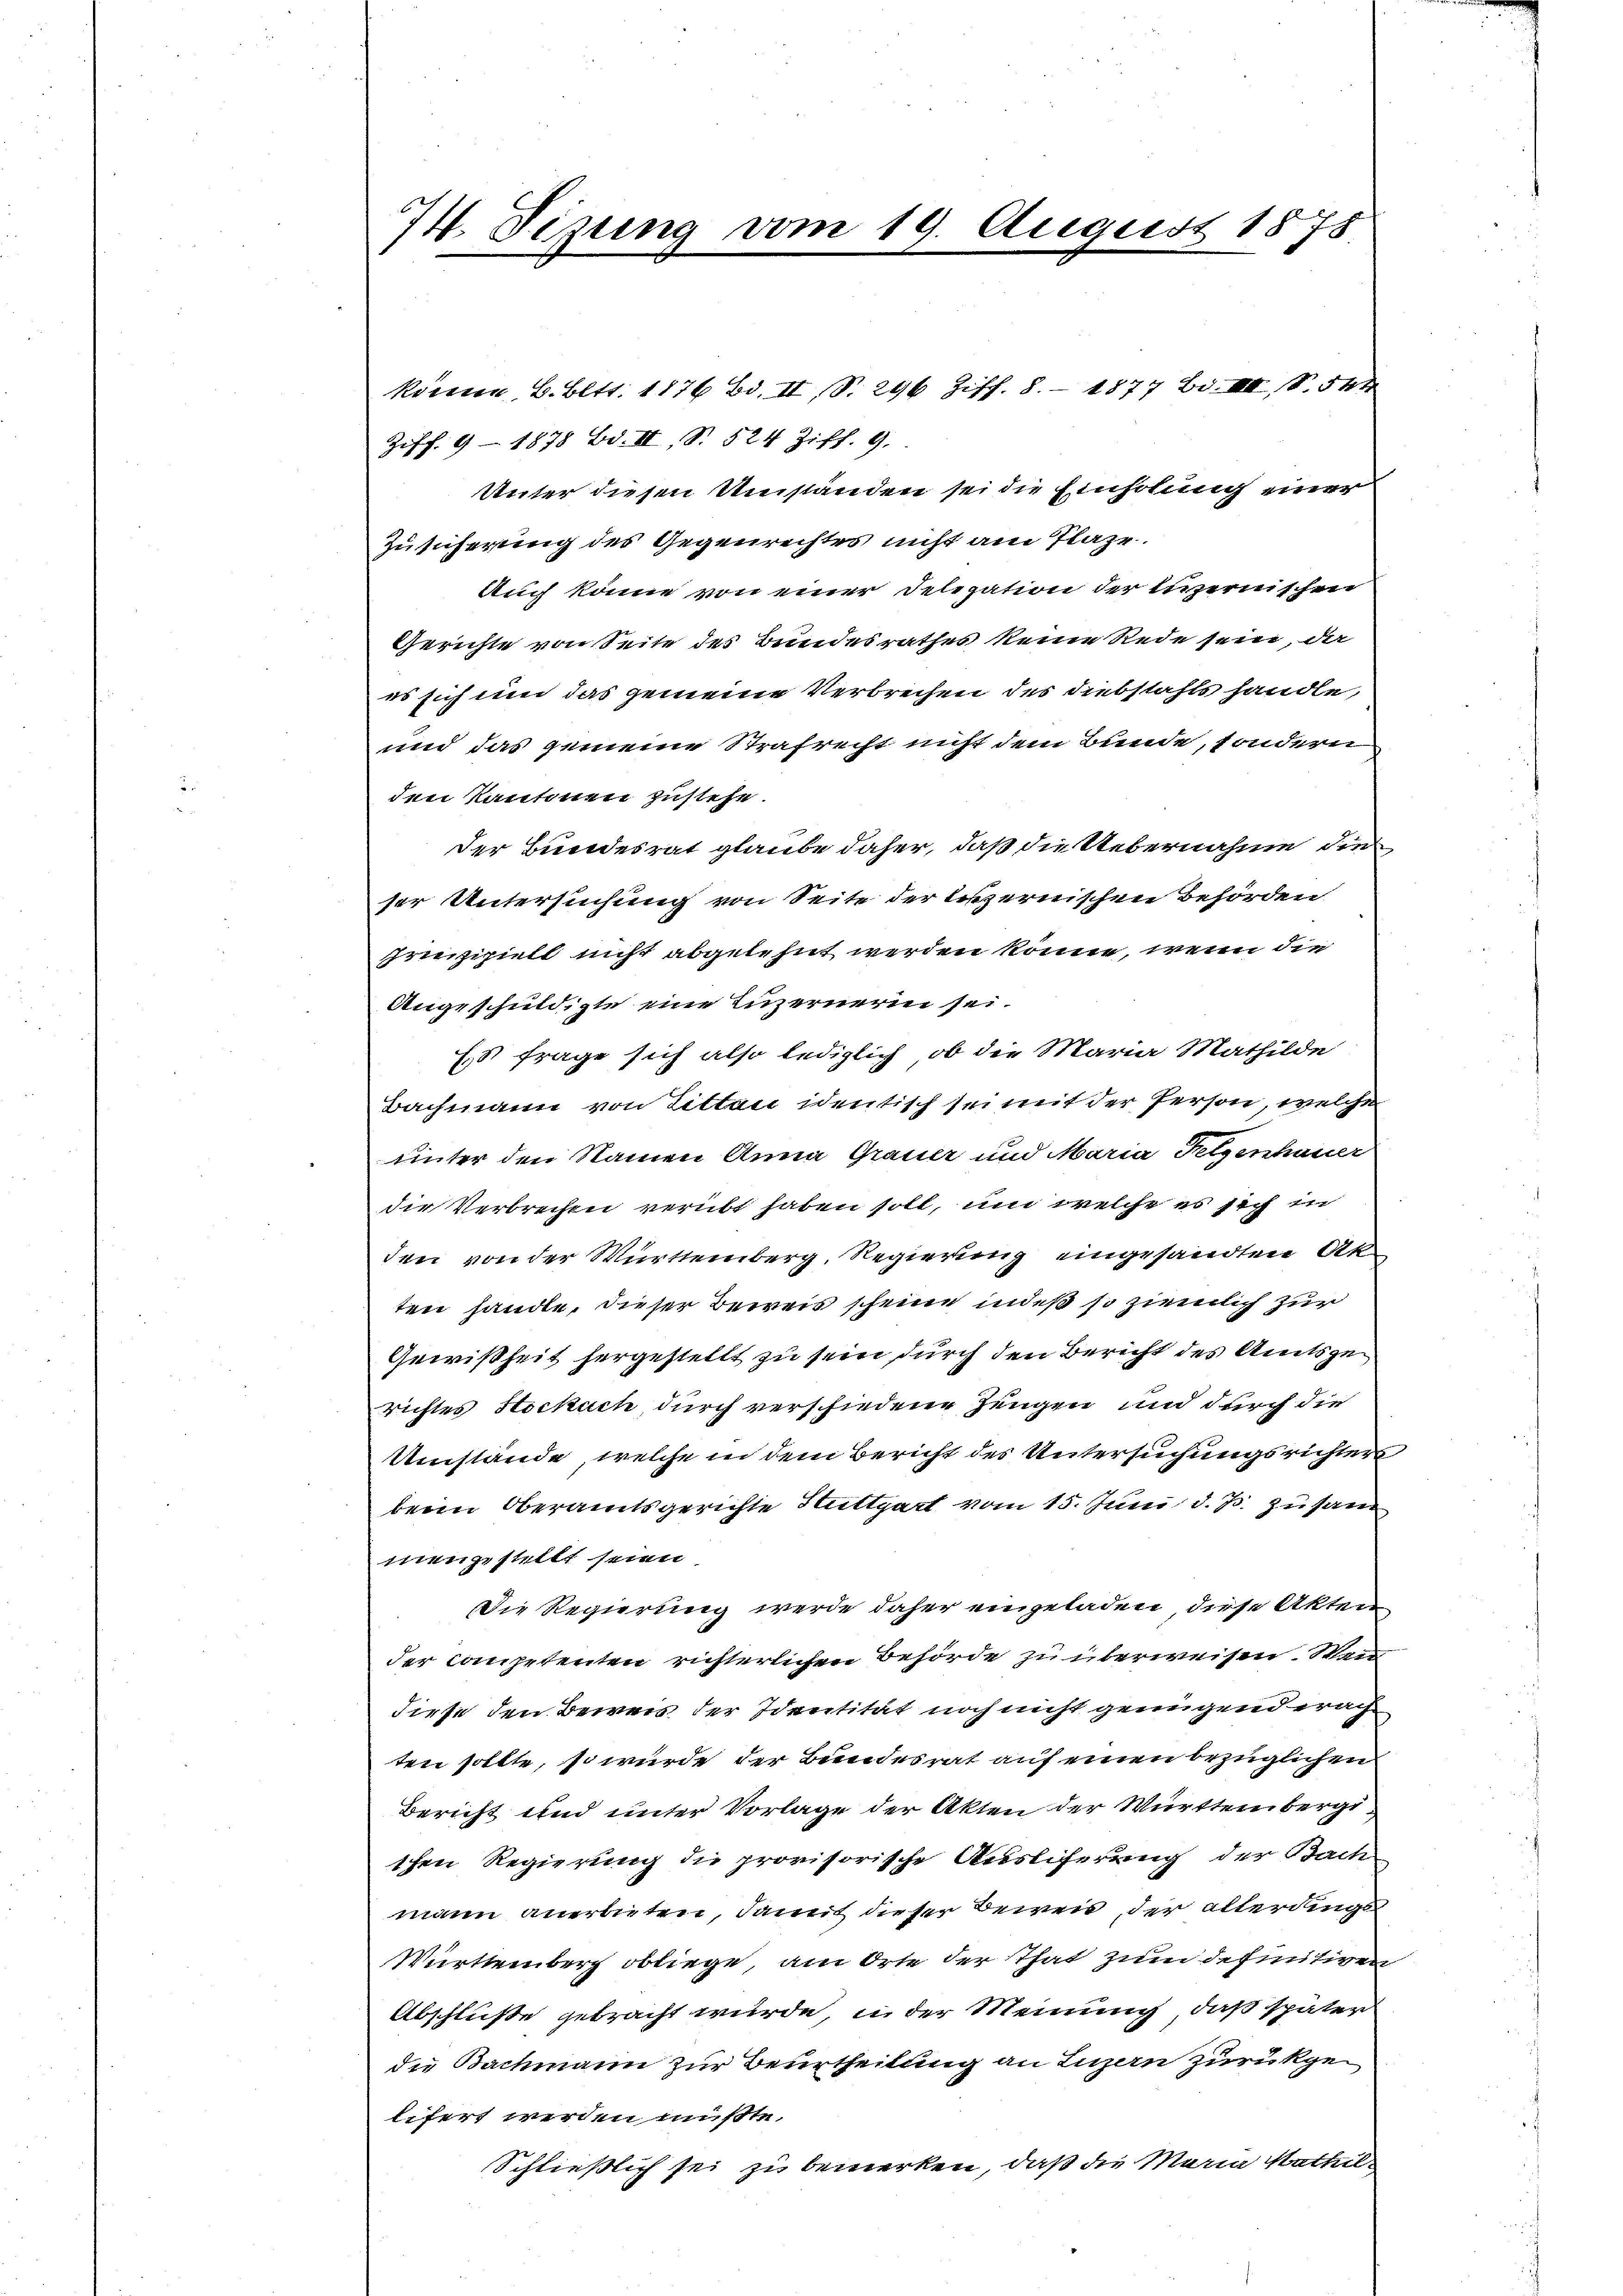
¼. Tigung vom 19. August 1875

koennen, 6. Bett. 1876 Bd. II S. 296 Ziff. 8. 1877 Bd. VIII, S. 544
Ziff. 9 - 1878 Bd. II, S. 524 Ziff. 9.
Unter diesen Umständen sei die Einholung einer
Zusicherung des Gegenrechtes nicht am Plaze.
Auch könne von einer Delegation der vernischen
Gerichte von Seite des Bundesrathes keine Rede sein, die
es sich um das gemeine Verbrechen des Diebstahls handle,
und das gemeine Strafrecht nicht dem Bunde, sondern
den Kantonen zustehe.
Der Bundesrat glaube daher, daß die Uebernahme die
ser Untersuchung von Seite der leszernischen Behörden
prezipiell nicht abgelehnt werden könne, wenn die
Angeschuldigte eine Luzerneren sei.
E. Frage sich also lediglich, ob die Maria Mathilde
Bachmann von Litten identisch sei mit der Person, welche
unter den Namen Anna Grauer und Maria Fetzenhauer
die Verbrechen verübt haben soll, um welche es sich in
den von der Württemberg, Regierung eingesandten Akten handle, dieser Beweis scheine, indeß so ziemlich zur
Gewißheit hergestellt zu sein durch den Bericht des Amtsgerichtes Stockach, durch verschiedene Zeugen und durch die
Umstände, welche in dem Bericht des Untersuchungsrichters
beim Oberamtsgerichte Sittgart vom 15. Juni d. Js. zusam
mengestellt seien
Die Regierung werde daher eingeladen, diese Akten
der Competenten richterlichen Behörde zu überweisen. Wan
diese den Beweis der Identität noch nicht genügend erach
ten sollte, so würde der Bundesrat auf einen bezüglichen
Bericht und unter Vorlage der Akten der Württembergi
tchen Regierung die provisorische Ausliferung der Bach
mann anerbieten, damit dieser Beweis, der älterdings
Württemberg obliege, am Orte der That zum definitiven
Abschluße gebracht wurde, in der Meinung, daß später
die Bachmann zur Beurtheilung an Luzern zurükgelifert werden müßte.
Schließlich sei zu bemerken, daß die Maria Mathil¬